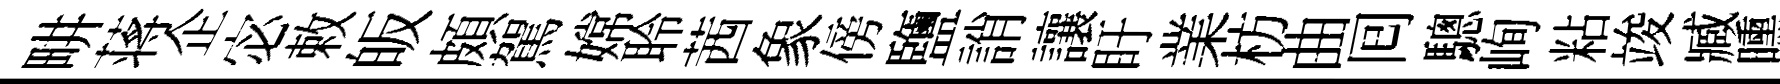
畊蒋企宓敕皈頗駕嫦聆茜象傍鹽誚讓盱業枋曲囘驄峋粘竣臧曛𡰱